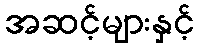
အဆင့်များနှင့်